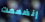
إنضممت